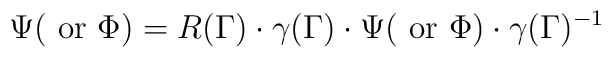
\Psi({\rm~or~}\Phi) = R(\Gamma) \cdot \gamma(\Gamma) \cdot \Psi({\rm~or~}\Phi) \cdot \gamma(\Gamma)^{-1}